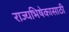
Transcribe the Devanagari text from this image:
राज्यभिषेकासाठी